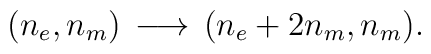
(n_{e},n_{m})\,\longrightarrow\, (n_{e}+2n_{m},n_{m}).